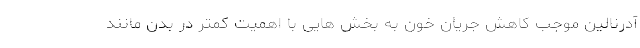
آدرنالین موجب کاهش جریان خون به بخش هایی با اهمیت کمتر در بدن مانند